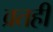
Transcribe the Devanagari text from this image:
व्रतही